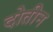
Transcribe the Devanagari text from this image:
दोतीन